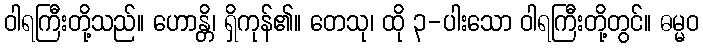
ဝါရကြီးတို့သည်။ ဟောန္တိ၊ ရှိကုန်၏။ တေသု၊ ထို ၃-ပါးသော ဝါရကြီးတို့တွင်။ ဓမ္မဝ